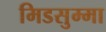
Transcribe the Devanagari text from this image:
मिडसुम्मा